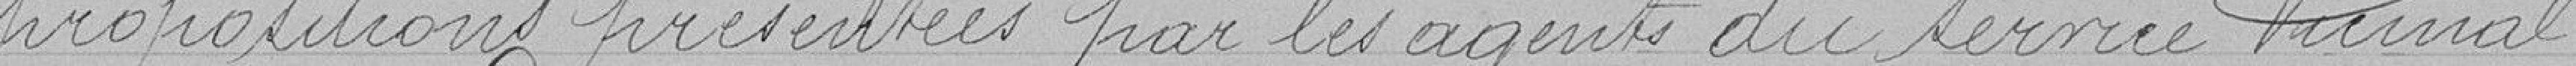
propositions présentées par les agents du service vicinal.